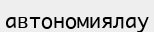
автономиялау